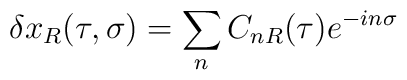
\delta x_R(\tau,\sigma)=\sum_n C_{nR}(\tau)e^{-in\sigma}